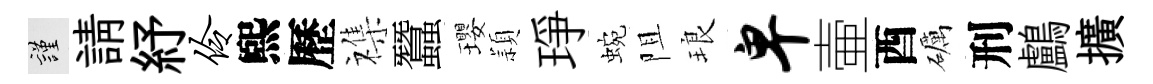
謹請紓伶煕歷襍蠶瓔頴琤蜿阻琅卑壷酉礪刑鸕擴